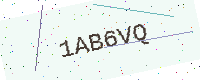
Text: 1AB6VQ